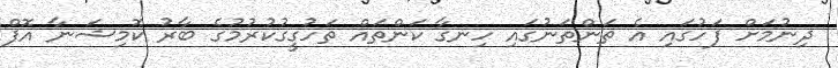
ދިނުމަށް ފަހުގައި އެ ތަންތަނުގައި ހިނގާ ކަންތައް ތަހުގީގުކުރުމުގެ ބާރު ކޮމިޝަނާ އޮފް